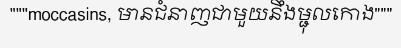
"""moccasins, មានជំនាញជាមួយនឹងម្ជុលកោង"""